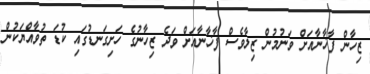
ޒިހާން ފާޚާނާއަށް ވަނުމުން ޒިލާވެސް ފާޚާނާއަށް ވަދެ ޒިހާނުގެ ހަށިގަނޑުގައި ކުޑަ ތުވާއްޔަކުން